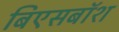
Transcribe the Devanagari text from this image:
बिएसबॉश